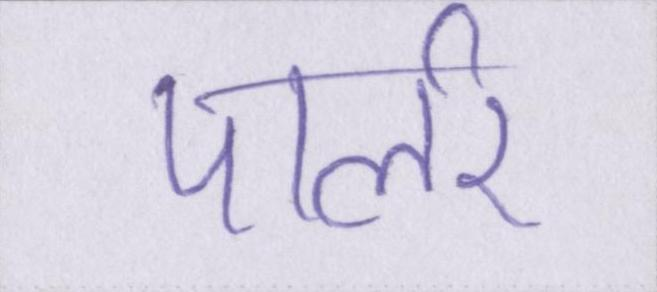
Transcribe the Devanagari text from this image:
पार्लर